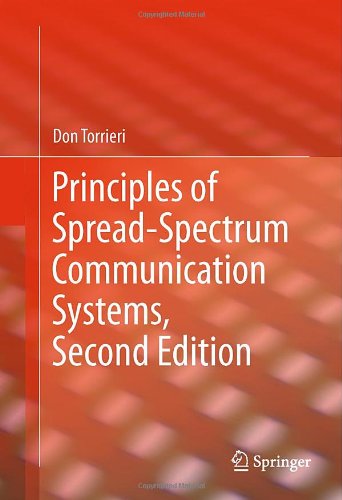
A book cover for Principles of Spread-Spectrum Communication Systems, 2nd Edition; Don Torrieri; Computers & Technology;